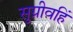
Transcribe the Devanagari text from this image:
सुग्रीवहिं